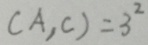
( A , C ) = 3 ^ { 2 }